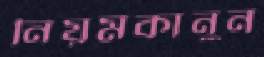
নিয়মকানুন